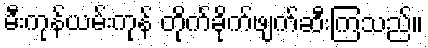
မီးကုန်ယမ်းကုန် တိုက်ခိုက်ဖျက်ဆီးကြသည်။